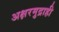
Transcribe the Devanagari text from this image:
अक्षरमुद्राही